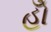
હોઁ